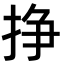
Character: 挣